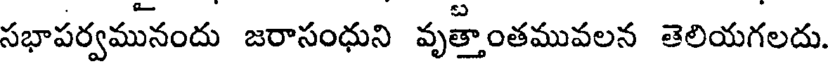
సభాపర్వమునందు జరాసంధుని వృత్తాంతమువలన తెలియగలదు.